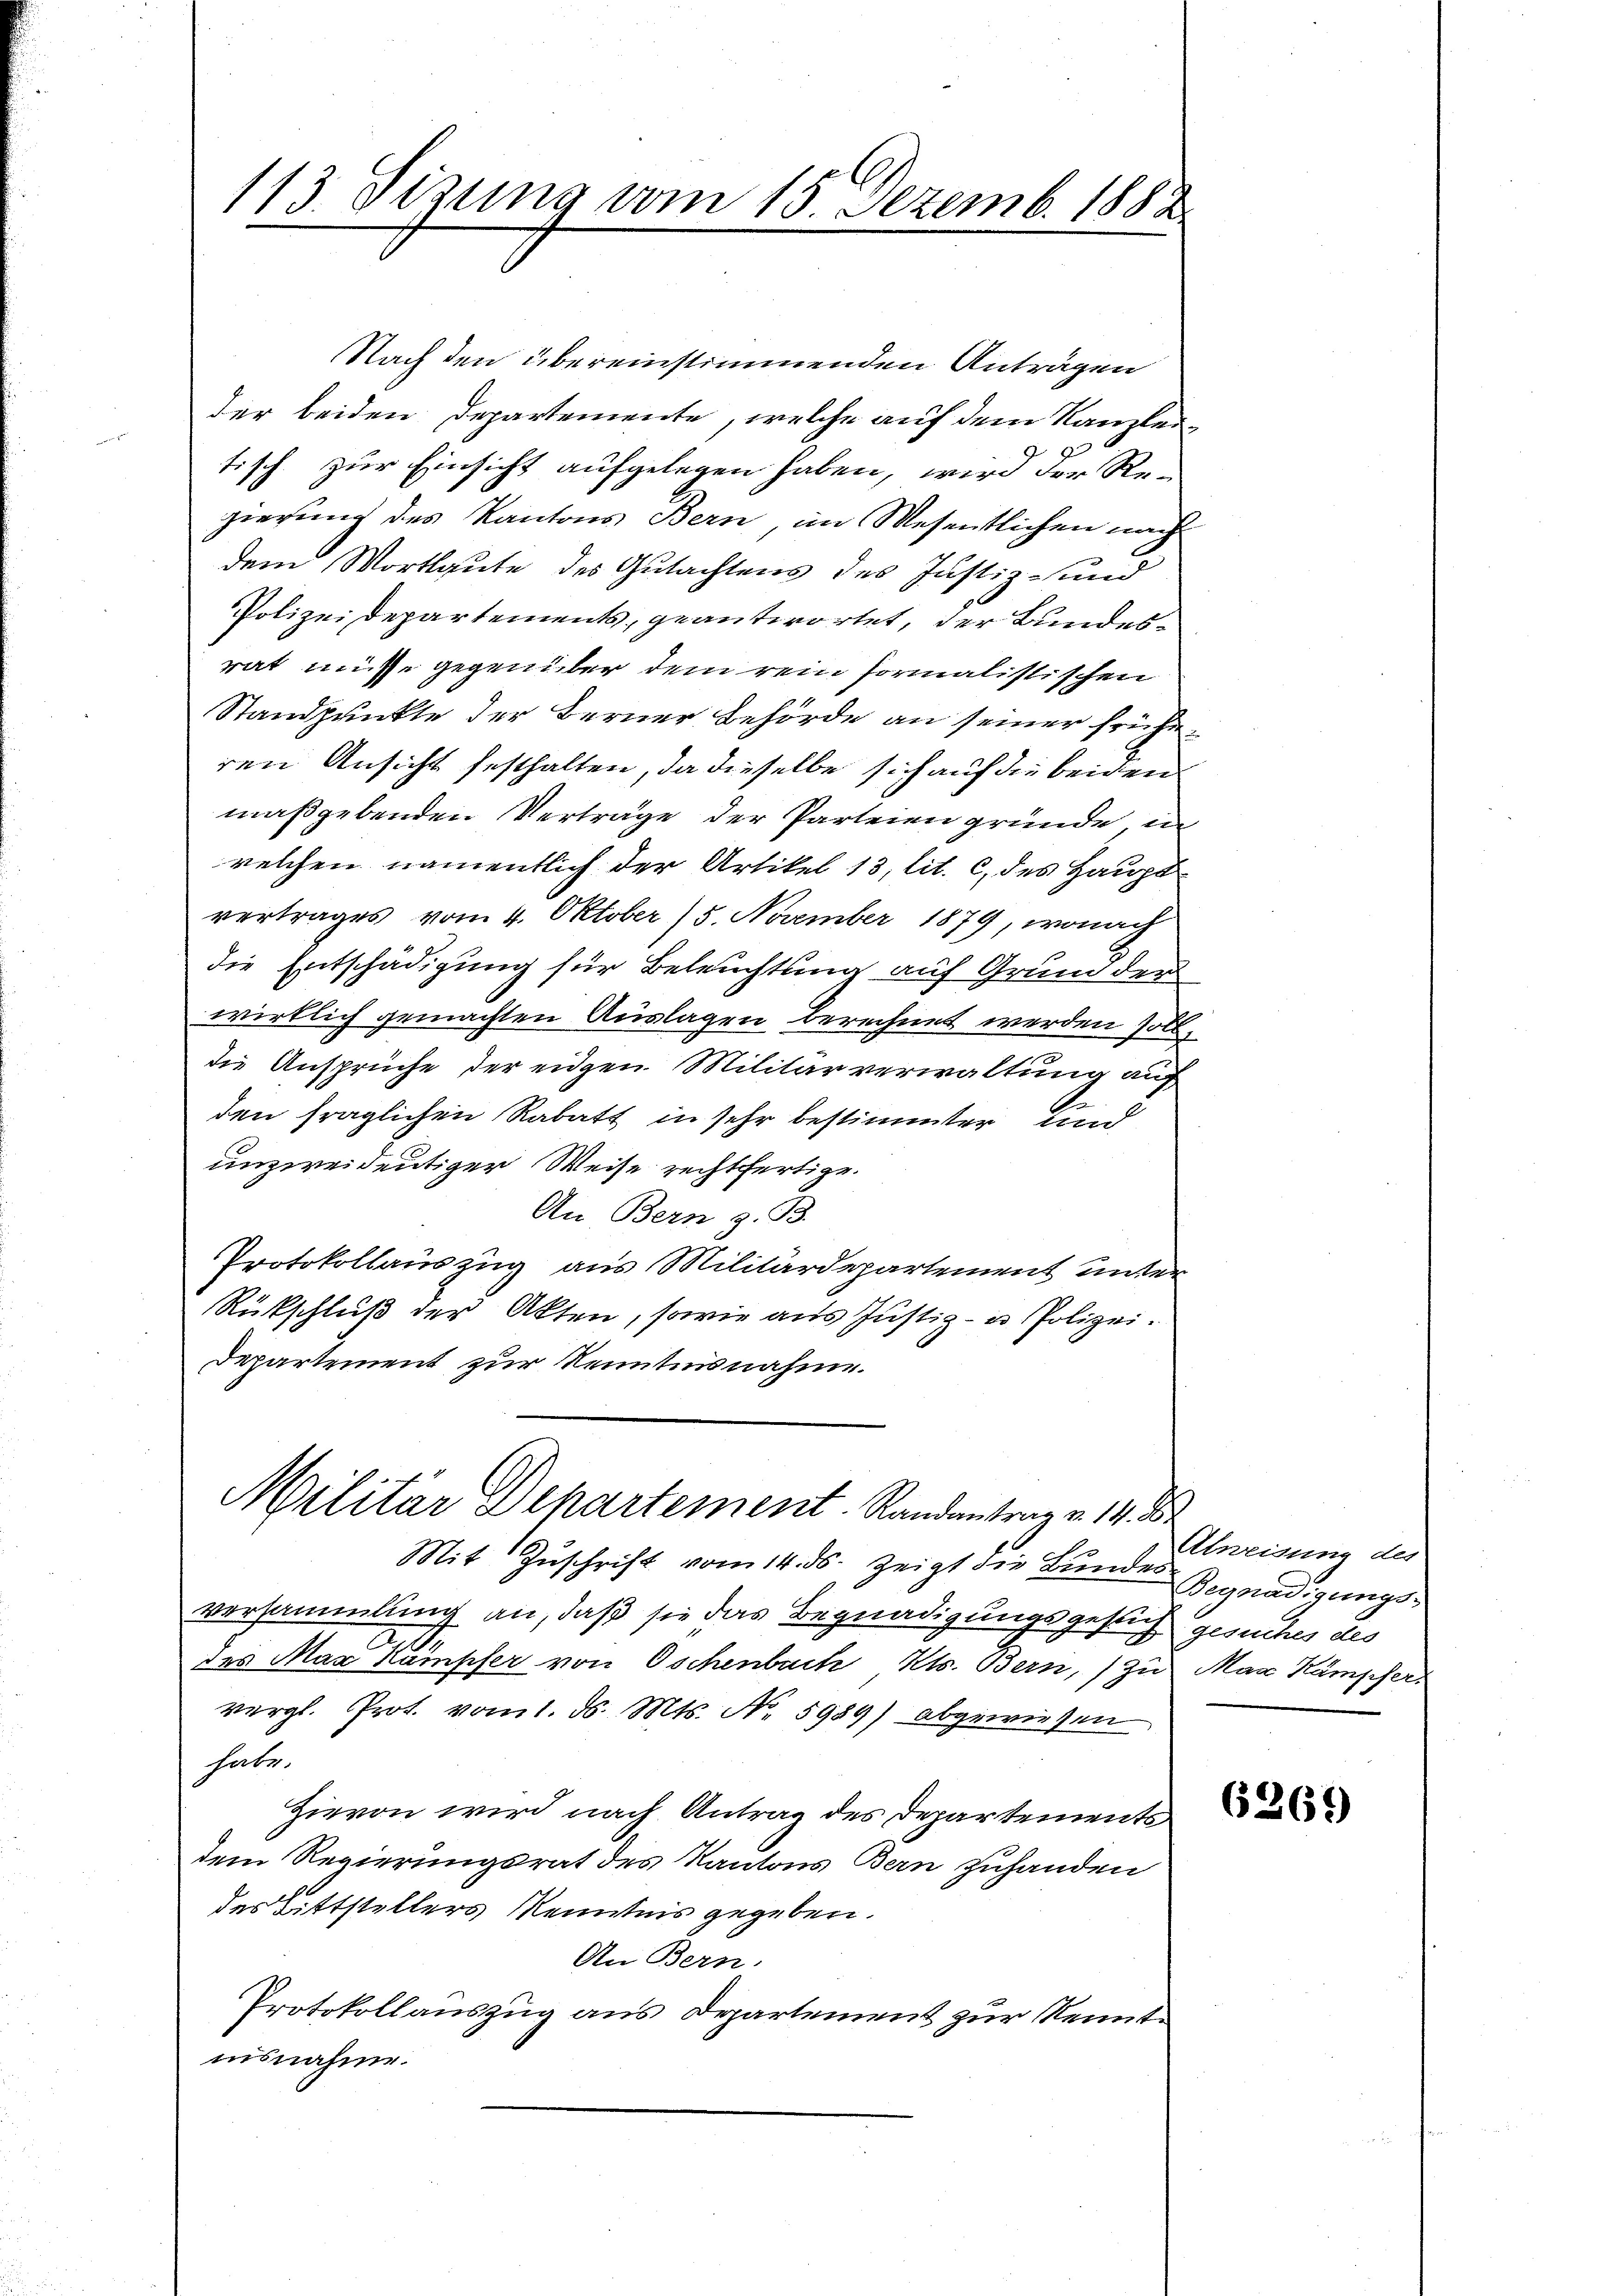
113. Sizung vom 15. Dezemb. 1882

Nach den übereinstimmenden Anträgen
der beiden Departemente, welche auf dem Kanzlei¬
2
9
tisch zur Einsicht aufgelegen haben, wird der Rezierung des Kantons Bern im Wesentlichen nach
dem Wortlaute des Gutachtens des Justiz- und
Polizeidepartements, geantwortet, der Bundesrat müsse gegenüber dem rein formalistischen
Standpunkte der Berner Behörde an seiner früheren Ansicht festhalten, da dieselbe sich auf die beiden
maßgebenden Verträge der Parteien gründe, in
welchen namentlich der Artikel 13, lit. c des Hauptvertrages vom 4. Oktober 15. November 1879, wonach
die Entschädigung für Beleuchtung auf Grund der
wirklich gemachten Auslagen berechnet werden soll,
die Ansprüche der eidgen. Militärverwaltung auf
den fraglichen Rabatt in sehr bestimmter und
unzweideutiger Weise rechtfertige.
An Bern z. B.
Protokollauszug aus Militärdepartement unter
Rückschluß der Akten, sowie aus Justiz- u Polizei.
Departement zur Kenntnisnahme.

Militär Departement. Randantrag v. 14. Br

Mit Zŭschrift vom 14. ds. zeigt die Bŭndes Begnadigŭngs-
versammlung an, daß sie das Begnadigungsgesuch gesuches des
des Max Kampfer von Oschenbach, Kts. Bern, zu Mar Kampfer,
vergl. Prot. vom 1. d. Mts. No. 5989) abgewiesen
habe.
Hievon wird nach Antrag des Departements
dem Regierungsrat des Kantons Bern zuhanden
des Bittstellers Kenntnis gegeben.
An Bern.
Protokollauszug aus Departement zur Kenntnisnahme.

Abmeinung der

6269